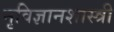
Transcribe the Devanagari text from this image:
नृविज्ञानशास्त्री